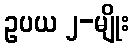
ဥပယ ၂-မျိုး